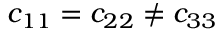
c _ { 1 1 } = c _ { 2 2 } \neq c _ { 3 3 }